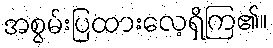
အစွမ်းပြထားလေ့ရှိကြ၏။